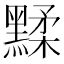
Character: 𪑶